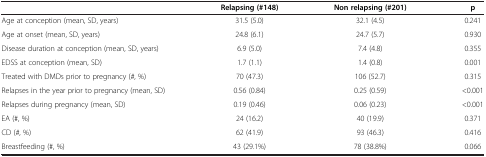
<table><thead><tr><td><b> </b></td><td><b>Relapsing (#148)</b></td><td><b>Non relapsing (#201)</b></td><td><b>p</b></td></tr></thead><tbody><tr><td>Age at conception (mean, SD, years)</td><td>31.5 (5.0)</td><td>32.1 (4.5)</td><td>0.241</td></tr><tr><td>Age at onset (mean, SD, years)</td><td>24.8 (6.1)</td><td>24.7 (5.7)</td><td>0.930</td></tr><tr><td>Disease duration at conception (mean, SD, years)</td><td>6.9 (5.0)</td><td>7.4 (4.8)</td><td>0.355</td></tr><tr><td>EDSS at conception (mean, SD)</td><td>1.7 (1.1)</td><td>1.4 (0.8)</td><td>0.001</td></tr><tr><td>Treated with DMDs prior to pregnancy (#, %)</td><td>70 (47.3)</td><td>106 (52.7)</td><td>0.315</td></tr><tr><td>Relapses in the year prior to pregnancy (mean, SD)</td><td>0.56 (0.84)</td><td>0.25 (0.59)</td><td>&lt;0.001</td></tr><tr><td>Relapses during pregnancy (mean, SD)</td><td>0.19 (0.46)</td><td>0.06 (0.23)</td><td>&lt;0.001</td></tr><tr><td>EA (#, %)</td><td>24 (16.2)</td><td>40 (19.9)</td><td>0.371</td></tr><tr><td>CD (#, %)</td><td>62 (41.9)</td><td>93 (46.3)</td><td>0.416</td></tr><tr><td>Breastfeeding (#, %)</td><td>43 (29.1%)</td><td>78 (38.8%)</td><td>0.066</td></tr></tbody></table>